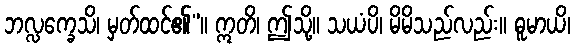
ဘလ္လက္ခေသိ၊ မှတ်ထင်၏”။ ဣတိ၊ ဤသို့။ သယံပိ၊ မိမိသည်လည်း။ ဓူမာယိ၊